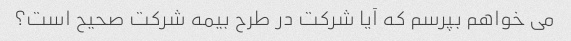
می خواهم بپرسم که آیا شرکت در طرح بیمه شرکت صحیح است؟